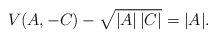
\begin{align*} V(A,-C)- \sqrt{|A|\,|C|} = |A|.\end{align*}